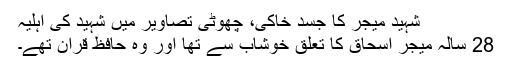
شہید میجر کا جسد خاکی، چھوٹی تصاویر میں شہید کی اہلیہ
28 سالہ میجر اسحاق کا تعلق خوشاب سے تھا اور وہ حافظ قرآن تھے۔